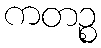
ကတဉ္စ